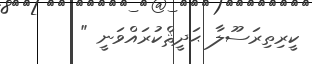
ކީރިތިރަސޫލާ ޙަދީޘްކުރައްވަނީ "